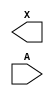
/**
 * Copyright 2020 The SkyWater PDK Authors
 *
 * Licensed under the Apache License, Version 2.0 (the "License");
 * you may not use this file except in compliance with the License.
 * You may obtain a copy of the License at
 *
 *     https://www.apache.org/licenses/LICENSE-2.0
 *
 * Unless required by applicable law or agreed to in writing, software
 * distributed under the License is distributed on an "AS IS" BASIS,
 * WITHOUT WARRANTIES OR CONDITIONS OF ANY KIND, either express or implied.
 * See the License for the specific language governing permissions and
 * limitations under the License.
 *
 * SPDX-License-Identifier: Apache-2.0
 */

`ifndef SKY130_FD_SC_LP__DLYBUF4S25KAPWR_BLACKBOX_V
`define SKY130_FD_SC_LP__DLYBUF4S25KAPWR_BLACKBOX_V

/**
 * dlybuf4s25kapwr: Delay Buffer 4-stage 0.25um length inner stage
 *                  gates on keep-alive power rail.
 *
 * Verilog stub definition (black box without power pins).
 *
 * WARNING: This file is autogenerated, do not modify directly!
 */

`timescale 1ns / 1ps
`default_nettype none

(* blackbox *)
module sky130_fd_sc_lp__dlybuf4s25kapwr (
    X,
    A
);

    output X;
    input  A;

    // Voltage supply signals
    supply1 VPWR ;
    supply0 VGND ;
    supply1 KAPWR;
    supply1 VPB  ;
    supply0 VNB  ;

endmodule

`default_nettype wire
`endif  // SKY130_FD_SC_LP__DLYBUF4S25KAPWR_BLACKBOX_V